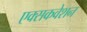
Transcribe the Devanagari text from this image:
एक्सकवेशन